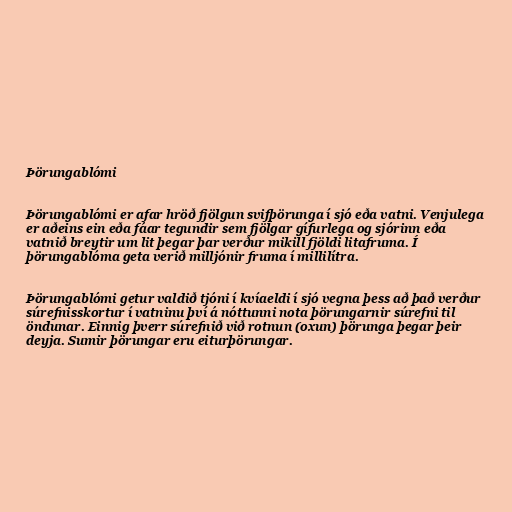
Þörungablómi

Þörungablómi er afar hröð fjölgun svifþörunga í sjó eða vatni. Venjulega
er aðeins ein eða fáar tegundir sem fjölgar gífurlega og sjórinn eða
vatnið breytir um lit þegar þar verður mikill fjöldi litafruma. Í
þörungablóma geta verið milljónir fruma í millilítra.

Þörungablómi getur valdið tjóni í kvíaeldi í sjó vegna þess að það verður
súrefnisskortur í vatninu því á nóttunni nota þörungarnir súrefni til
öndunar. Einnig þverr súrefnið við rotnun (oxun) þörunga þegar þeir
deyja. Sumir þörungar eru eiturþörungar.